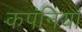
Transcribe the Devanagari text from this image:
कपंनियां